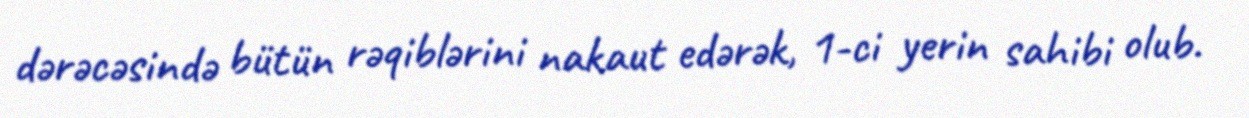
dərəcəsində bütün rəqiblərini nakaut edərək, 1-ci yerin sahibi olub.